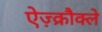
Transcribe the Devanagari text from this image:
ऐज़्क्रौक्ले